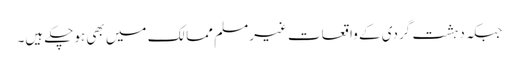
جبکہ دہشت گردی کے واقعات غیرمسلم ممالک میں بھی ہوچکے ہیں۔